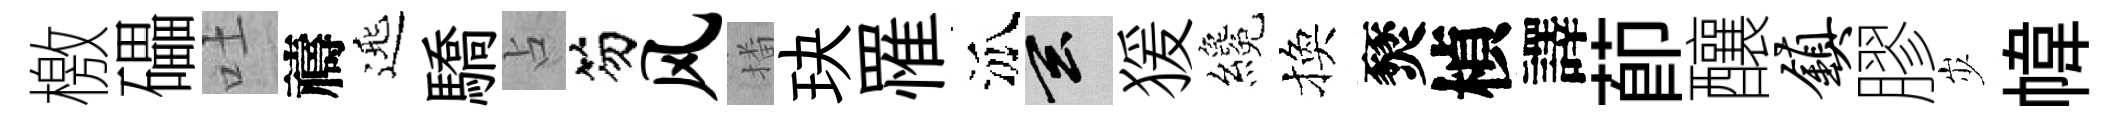
檄礧吐禱𨓱驕占笏风播玦罹泒玄猨纔換燹楨譯莭釀镇膠𡵯幃